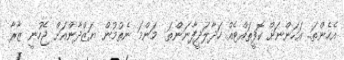
އެހެންތަ.. އަހަންނަށް ކޮފީތައްޓެއް ހަދާލަދީފާނަންތަ  މަންމަ ނެތުމުން ޔަޒްދާންއަށް ޖެހުނީ ޒާރާ